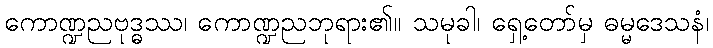
ကောဏ္ဍညဗုဒ္ဓဿ၊ ကောဏ္ဍညဘုရား၏။ သမုခါ၊ ရှေ့တော်မှ ဓမ္မဒေသနံ၊